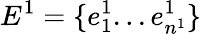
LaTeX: E^{1}=\{ e_{1}^{1}...e_{n^{1}}^{1}\}